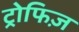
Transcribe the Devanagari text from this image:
ट्रोफिज़